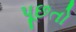
પૂછતો